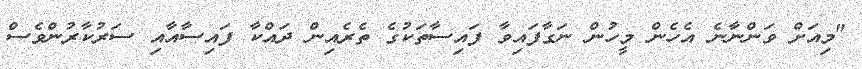
"މިއަށް ވަންނާނެ އެހެން މީހުން ނަގާފައިވާ ފައިސާތަކުގެ ތެރެއިން ދައްކާ ފައިސާއާއި ސަރުކާރުންވެސް